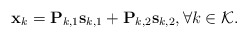
\begin{align*}\mathbf{x}_k=\mathbf{P}_{k,1}\mathbf{s}_{k,1}+\mathbf{P}_{k,2}\mathbf{s}_{k,2}, \forall k\in\mathcal{K}.\end{align*}